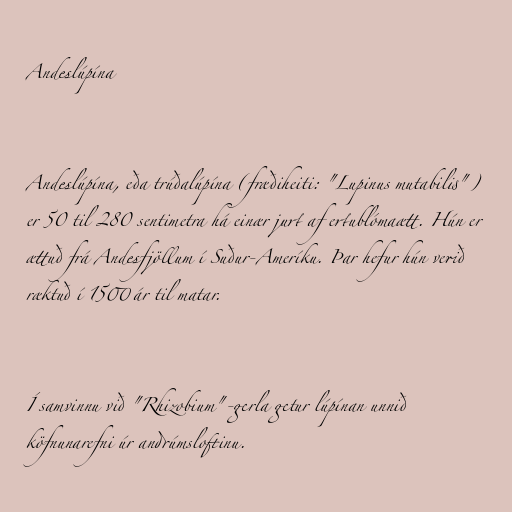
Andeslúpína

Andeslúpína, eða trúðalúpína (fræðiheiti: "Lupinus mutabilis")
er 50 til 280 sentimetra há einær jurt af ertublómaætt. Hún er
ættuð frá Andesfjöllum í Suður-Ameríku. Þar hefur hún verið
ræktuð í 1500 ár til matar.

Í samvinnu við "Rhizobium"-gerla getur lúpínan unnið
köfnunarefni úr andrúmsloftinu.